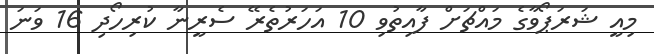
މިއީ ޝަރަޕޯވާގެ މައްޗަށް ފާއިތުވި 10 އަހަރުތެރޭ ސެރީނާ ކުރިހޯދި 16 ވަނަ